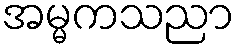
အမ္မကသညာ